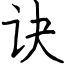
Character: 诀